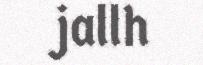
jallh